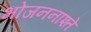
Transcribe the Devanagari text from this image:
भोजननाश्ते